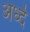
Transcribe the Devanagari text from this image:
अर्ध्द